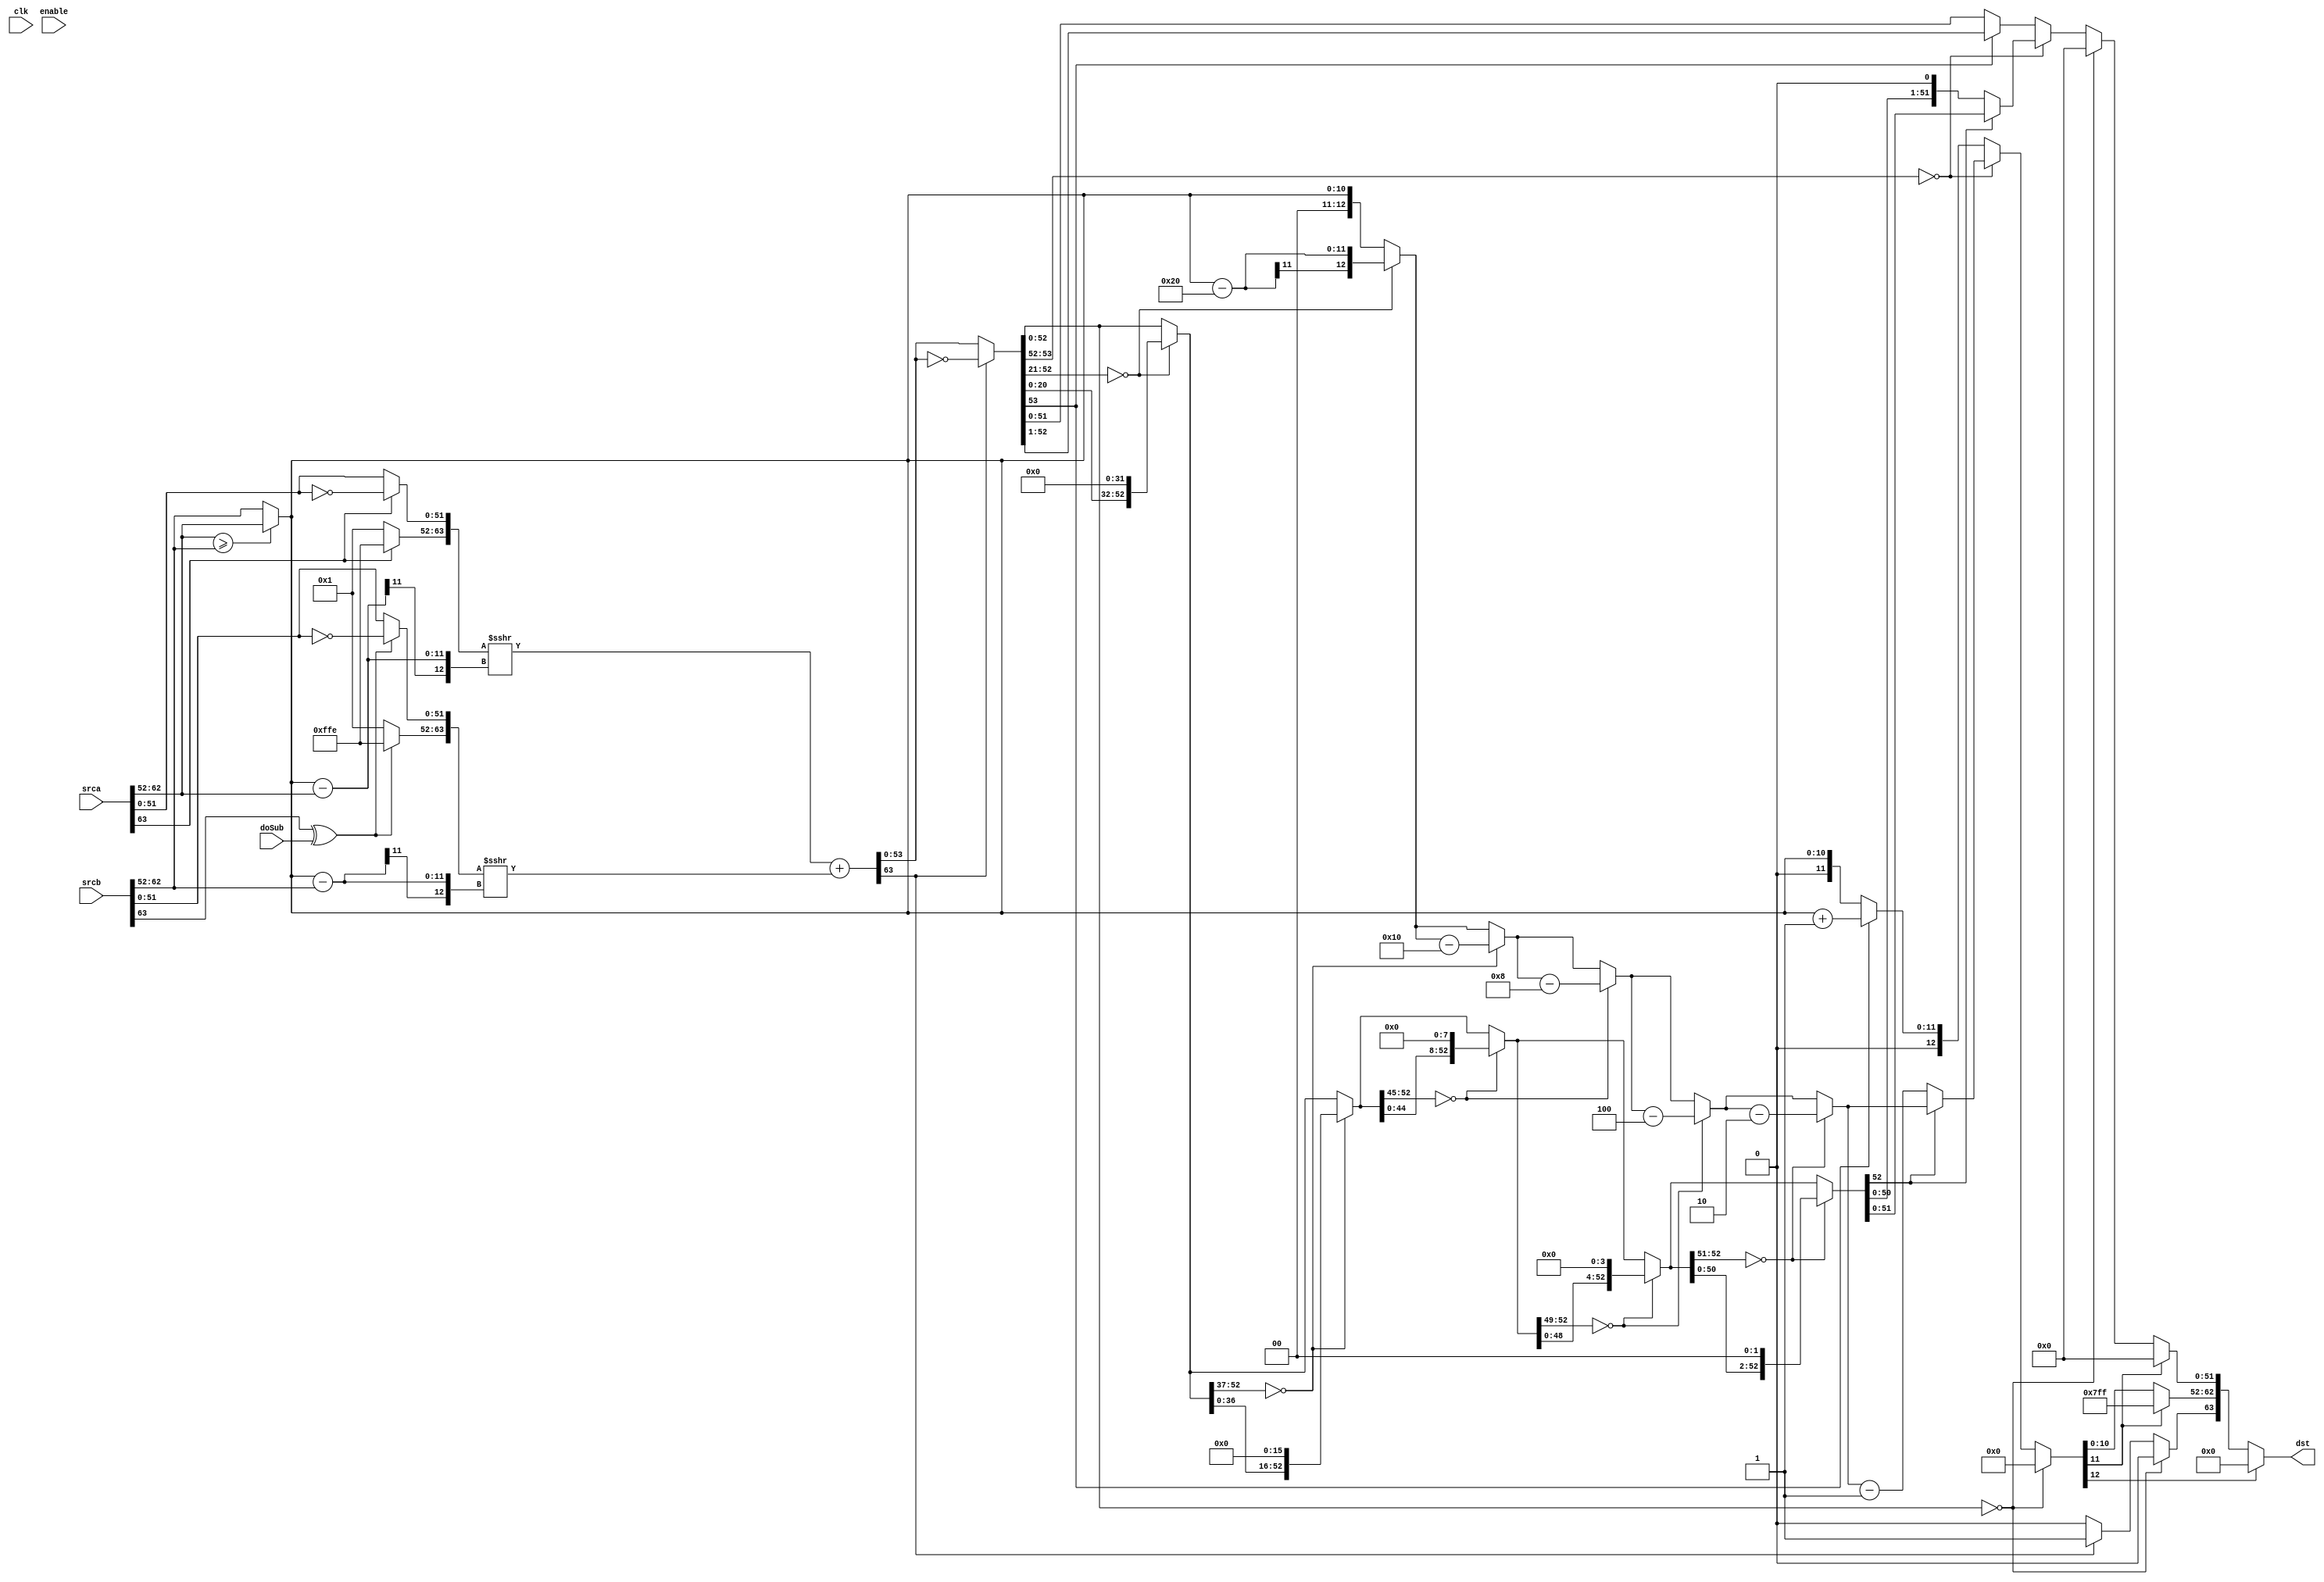
module FpuFpD_Add(
	/* verilator lint_off UNUSED */
	clk,
	enable,
	doSub,
	srca,
	srcb,
	dst
);

input			clk;
input			enable;
input			doSub;
input[63:0]		srca;
input[63:0]		srcb;
output[63:0]	dst;

reg sgna;
reg sgnb;
reg sgnc;

reg[12:0] exa;
reg[12:0] exb;
reg[12:0] exc;
reg[12:0] exm;

reg[63:0] tFracA;
reg[63:0] tFracB;
reg[63:0] tFracC;
reg[63:0] tFracA1;
reg[63:0] tFracB1;
reg[63:0] tFracC1;

reg[63:0] tFracC2;

reg[63:0] tFracC2_A;	//32
reg[63:0] tFracC2_B;	//16
reg[63:0] tFracC2_C;	//8
reg[63:0] tFracC2_D;	//4
reg[63:0] tFracC2_E;	//2

reg[12:0] tExc_A;
reg[12:0] tExc_B;
reg[12:0] tExc_C;
reg[12:0] tExc_D;
reg[12:0] tExc_E;

reg[63:0]		tDst;

assign dst = tDst;


always @*
begin
	sgna=srca[63];
	sgnb=srcb[63];

	exa[10:0]=srca[62:52];
	exb[10:0]=srcb[62:52];
	exa[12:11]=0;
	exb[12:11]=0;

	exm=(exa>=exb)?exa:exb;

	if(sgna)
	begin
		tFracA[63:52]=~(12'h1);
		tFracA[51:0]=~(srca[51:0]);
	end
	else
	begin
		tFracA[63:52]=12'h1;
		tFracA[51:0]=srca[51:0];
	end

	if(sgnb^doSub)
	begin
		tFracB[63:52]=~(12'h1);
		tFracB[51:0]=~(srcb[51:0]);
	end
	else
	begin
		tFracB[63:52]=12'h1;
		tFracB[51:0]=srcb[51:0];
	end

	tFracA1=tFracA>>>(exm-exa);
	tFracB1=tFracB>>>(exm-exb);
	tFracC1=tFracA1+tFracB1;
	
	if(tFracC1[63])
	begin
		sgnc=1;
		tFracC2=~tFracC1;
	end
	else
	begin
		sgnc=0;
		tFracC2=tFracC1;
	end
	
	if(tFracC2[52:0]==0)
	begin
		sgnc=0;
		tFracC=0;
		exc=0;
	end
	else
		if(tFracC2[53:52]==0)
	begin

		if(tFracC2[52:21]==0)
		begin
			tFracC2_A=tFracC2<<32;
			tExc_A=exm-32;
		end
		else
		begin
			tFracC2_A=tFracC2;
			tExc_A=exm;
		end

		if(tFracC2_A[52:37]==0)
		begin
			tFracC2_B=tFracC2_A<<16;
			tExc_B=tExc_A-16;
		end
		else
		begin
			tFracC2_B=tFracC2_A;
			tExc_B=tExc_A;
		end

		if(tFracC2_B[52:45]==0)
		begin
			tFracC2_C=tFracC2_B<<8;
			tExc_C=tExc_B-8;
		end
		else
		begin
			tFracC2_C=tFracC2_B;
			tExc_C=tExc_B;
		end
		
		if(tFracC2_C[52:49]==0)
		begin
			tFracC2_D=tFracC2_C<<4;
			tExc_D=tExc_C-4;
		end
		else
		begin
			tFracC2_D=tFracC2_C;
			tExc_D=tExc_C;
		end
		
		if(tFracC2_D[52:51]==0)
		begin
			tFracC2_E=tFracC2_D<<2;
			tExc_E=tExc_D-2;
		end
		else
		begin
			tFracC2_E=tFracC2_D;
			tExc_E=tExc_D;
		end

		if(tFracC2_E[52]==0)
		begin
			tFracC=tFracC2_E<<1;
			exc=tExc_E-1;
		end
		else
		begin
			tFracC=tFracC2_E;
			exc=tExc_E;
		end
	end
	else
	begin
		if(tFracC2[53])
		begin
			tFracC=tFracC2>>1;
			exc=exm+1;
		end
		else
		begin
			tFracC=tFracC2;
			exc=exm;
		end
	end
	
	if(exc[12])
	begin
		tDst[63:0]=64'h0;
	end
	else if(exc[11])
	begin
		tDst[63]=sgnc;
		tDst[62:0]=63'h7FF0_0000_0000_0000;
	end
	else
	begin
		tDst[63]=sgnc;
		tDst[62:52]=exc[10:0];
		tDst[51:0]=tFracC[51:0];
	end
end

endmodule